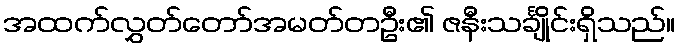
အထက်လွှတ်တော်အမတ်တဦး၏ ဇနီးသင်္ချိုင်းရှိသည်။